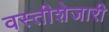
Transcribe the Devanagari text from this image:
वस्तीशेजारी